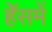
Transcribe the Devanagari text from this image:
हॅेसमें